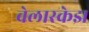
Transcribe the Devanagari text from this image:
वेलास्केझ